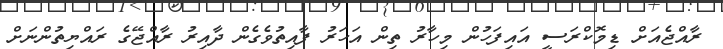
ރާއްޖެއަށް ޑިމޮކްރަސީ އައިފަހުން މިހާރު ތިން އަހަރު ފާއިތުވެގެން ދާއިރު ރާއްޖޭގެ ރައްޔިތުންނަށް